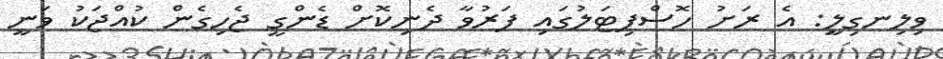
ވިލިނގިލީ: އެ ރަށު ހޮސްޕިޓަލުގައި ފަރުވާ ދެނިކޮށް ޑެންގީ ޖެހިގެން ކުއްޖަކު ވަނީ